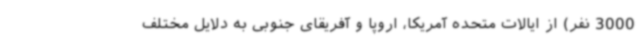
3000 نفر) از ایالات متحده آمریکا، اروپا و آفریقای جنوبی به دلایل مختلف